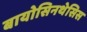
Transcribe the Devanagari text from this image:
बायोसिनथेसिस